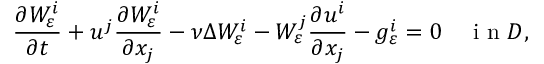
\frac { \partial W _ { \varepsilon } ^ { i } } { \partial t } + u ^ { j } \frac { \partial W _ { \varepsilon } ^ { i } } { \partial x _ { j } } - \nu \Delta W _ { \varepsilon } ^ { i } - W _ { \varepsilon } ^ { j } \frac { \partial u ^ { i } } { \partial x _ { j } } - g _ { \varepsilon } ^ { i } = 0 \quad \textrm { i n } D ,